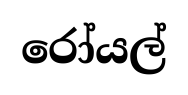
රෝයල්